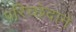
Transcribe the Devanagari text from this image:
परिच्छेदाने